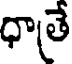
ధాతే